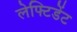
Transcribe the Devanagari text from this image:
लेफ्टिडेंट